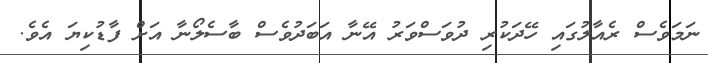
ނަމަވެސް ރެއާލުގައި ހޭދަކުރި ދުވަސްވަރު އޭނާ އަބަދުވެސް ބާސެލޯނާ އަށް ފާޑުކިޔަ އެވެ.